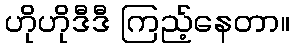
ဟိုဟိုဒီဒီ ကြည့်နေတာ။